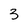
Character: 3